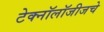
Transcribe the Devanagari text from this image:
टेक्नॉलॉजीजचे